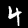
Digit: 4